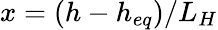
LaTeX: x=(h-h_{eq})/L_{H}